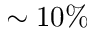
\sim 1 0 \%